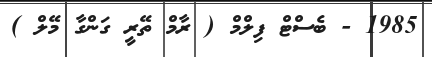
1985 - ބެސްޓް ފިލްމް ( ރާމް ތޭރީ ގަންގާ މޭލް )